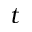
t